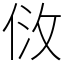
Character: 𠈹